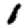
Digit: 1